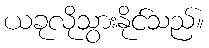
ယခုလိုသွားနိုင်သည်။